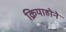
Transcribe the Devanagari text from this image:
क्रियाहोने